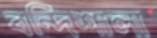
বন্দিশালা